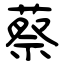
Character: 蔡